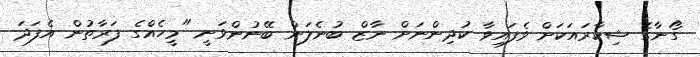
ގޯނާގެ ޝިކާރައަކަށް ވެފައިވާ ކުދިންނަށް ނާޒް ބުނެލަން ބޭނުންވަނީ "މީހެއްގެ ފަރާތުން އެފަދަ